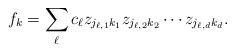
\begin{align*}f_k = \sum_{\ell} c_\ell z_{j_{\ell,1} k_1} z_{j_{\ell,2} k_2} \cdots z_{j_{\ell,d} k_d}. \end{align*}